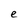
Character: e